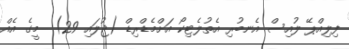
ފިލިއްޕޭ ލުއިސް އެނބުރި އެތުލެޓިކޯ އަށްމެޑްރިޑް (ޖުލައި 29)  މީގެ އެއް